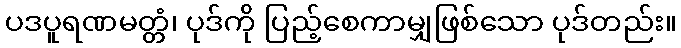
ပဒပူရဏမတ္တံ၊ ပုဒ်ကို ပြည့်စေကာမျှဖြစ်သော ပုဒ်တည်း။